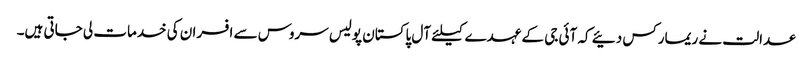
عدالت نے ریمارکس دئیے کہ آئی جی کے عہدے کیلئے آل پاکستان پولیس سروس سے افسران کی خدمات لی جاتی ہیں۔